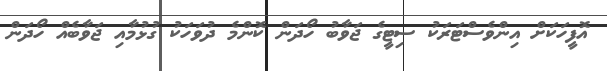
އޮފީހަކަށް އިންވެސްޓަރަކު ސިޓީގެ ޖަވާބު ހޯދަން ކޮންމެ ދުވަހަކު ގުޅުމާއި ޖަވާބެއް ހޯދަން